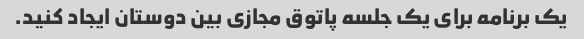
یک برنامه برای یک جلسه پاتوق مجازی بین دوستان ایجاد کنید.